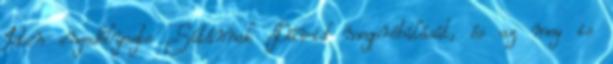
Isten engedélyezte Sátánnak Dávid megpróbálását, és az meg is